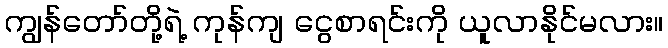
ကျွန်တော်တို့ရဲ့ ကုန်ကျ ငွေစာရင်းကို ယူလာနိုင်မလား။